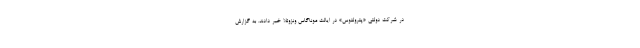
در شرکت دولتی «پترولئوس» در ایالت موناگاس ونزوئلا خبر دادند. به گزارش